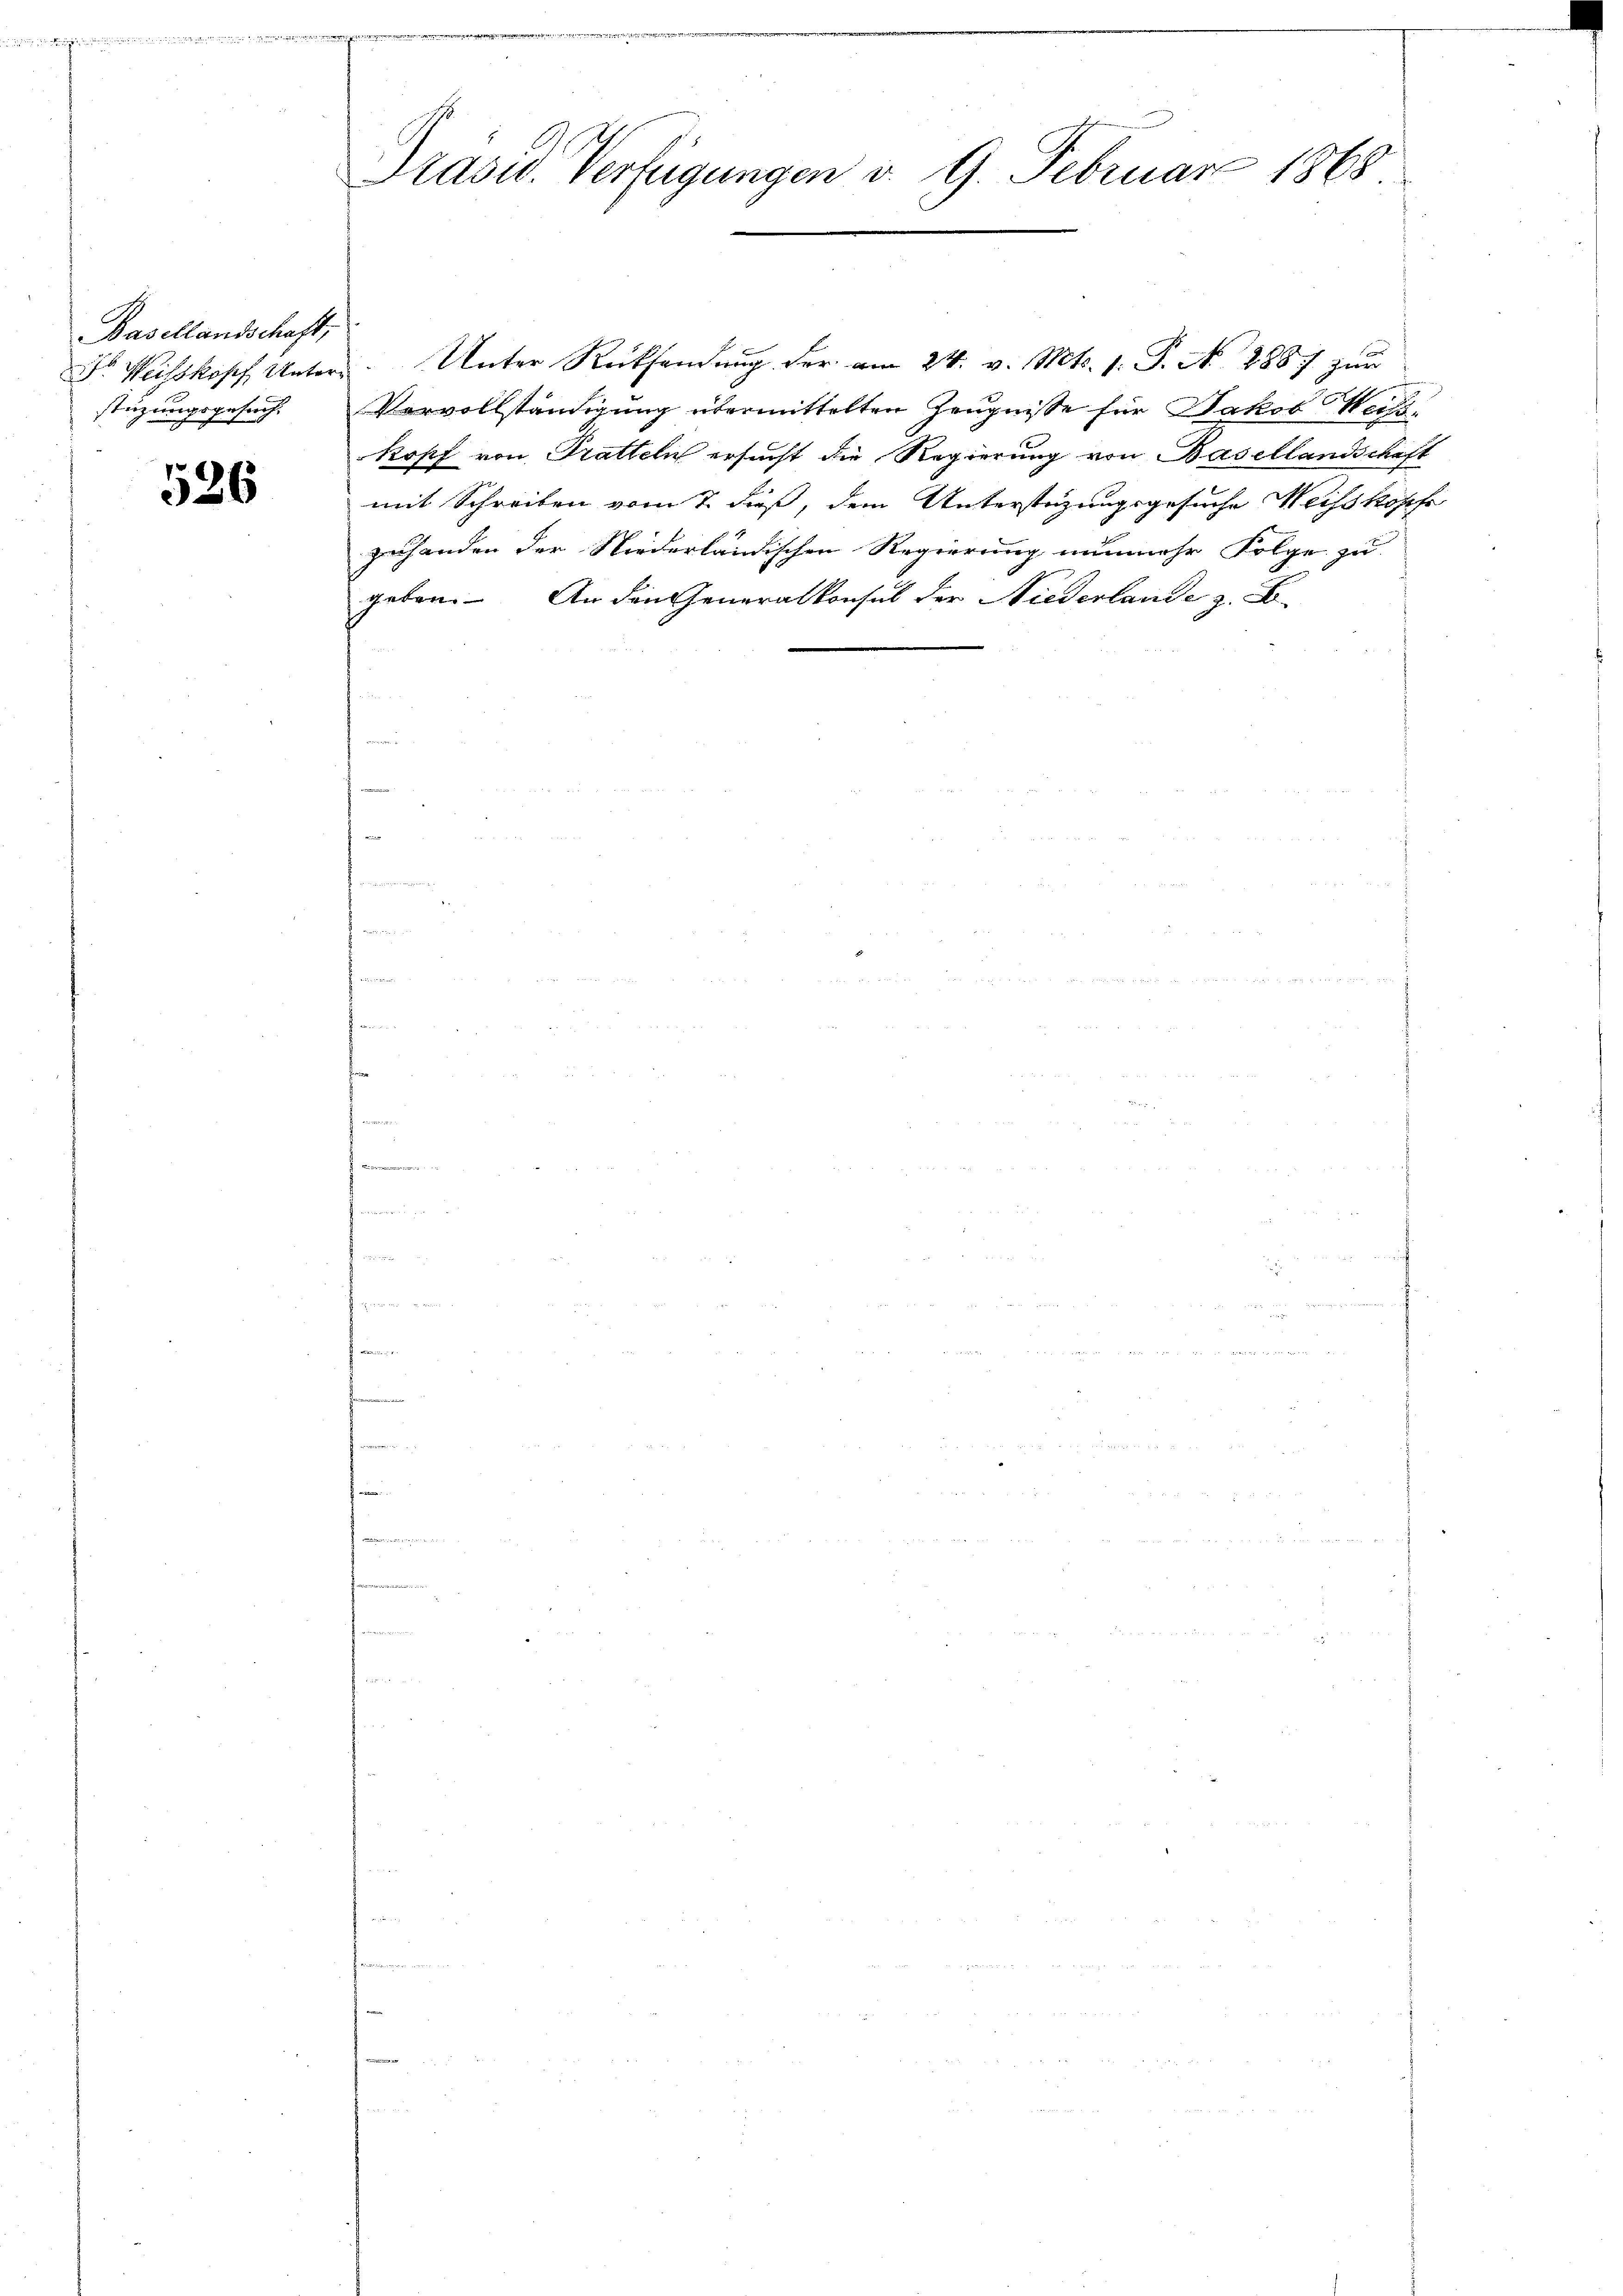
Basellandschaft,
Dr Weisskopf Unter
stüzungsgesuch,

526

Präsid. Verfügungen d. 9. Februar 1868

Unter Rücksendŭng der am 24. v. Mts. 1. P. N. 288. zŭr
Vorvollständigung übermittelten Zeugnisse für Jakob Weisskopf von Pratteln ersucht die Regierung von Basellandschaft
mit Schreiben vom 7. dieß, dem Unterstüzungsgesuche Weisskopfe
zuhanden der Niederländischen Regierung nunmehr Folge zu
geben. An den Generalkonsul der Niederlande z. B.